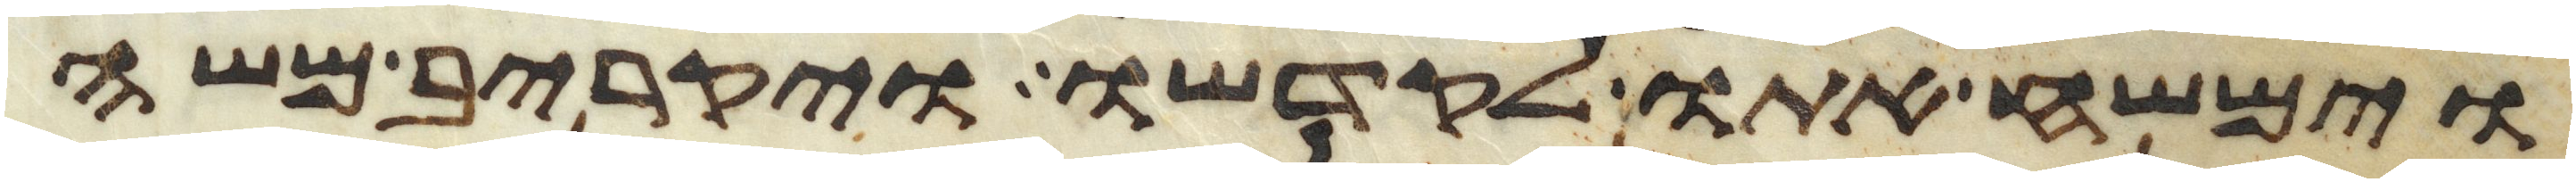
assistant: וימשח אתו לקדשו ויקריב משה